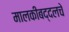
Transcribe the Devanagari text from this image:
मालकीबद्दलचे